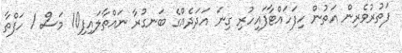
ފަތުރުވެރިން އަތުން ހިފަހައްޓާފައިހުރި ގިނަ އަދަދެއްގެ ބަނގުރާ ނައްތާލައިފި10 މަސް 1 ހަފްތާ